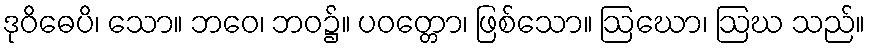
ဒုဝိဓေပိ၊ သော။ ဘဝေ၊ ဘဝ၌။ ပဝတ္တော၊ ဖြစ်သော။ ဩဃော၊ ဩဃ သည်။